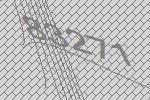
83271